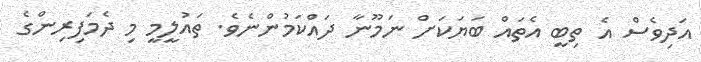
އަދިވެސް އެ ތިބީ އެތައް ބަޔަކަށް ނަމޫނާ ދައްކަމުންނެވެ. ތައުލީމީ މި ދެމަފިރިންގެ